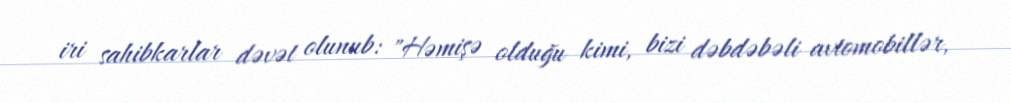
iri sahibkarlar dəvət olunub: "Həmişə olduğu kimi, bizi dəbdəbəli avtomobillər,